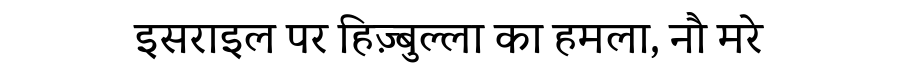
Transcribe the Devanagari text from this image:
इसराइल पर हिज़्बुल्ला का हमला, नौ मरे